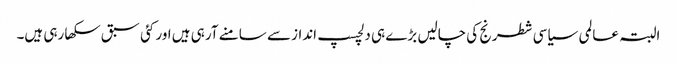
البتہ عالمی سیاسی شطرنج کی چالیں بڑے ہی دلچسپ انداز سے سامنے آرہی ہیں اور کئی سبق سکھا رہی ہیں۔